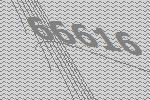
66616